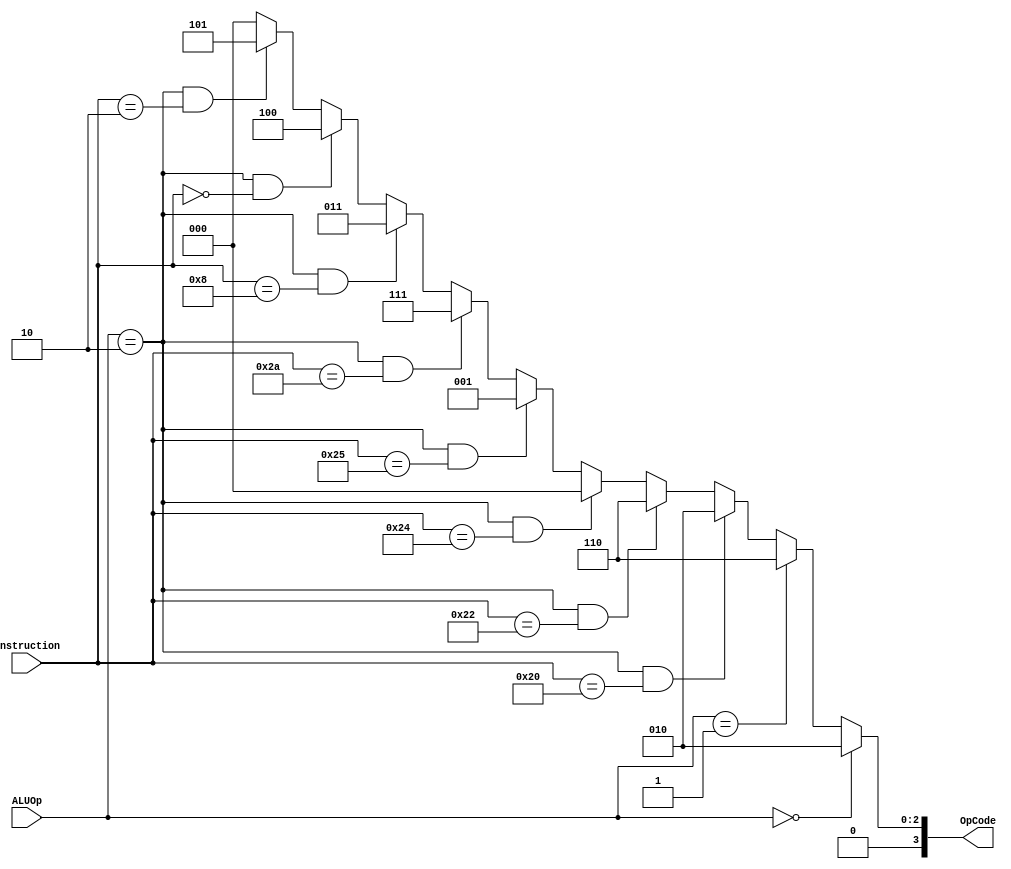
module ALUcontrol(Instruction, ALUOp, OpCode);

input wire [5:0] Instruction; //The part of the instruction where the function of the R-format exists
input wire [1:0] ALUOp; //coming from the Control unit
output wire [3:0] OpCode; //4 bits input (wire) to the ALU 
/*Note for the output OpCode if you wish to add addi for example,
 it'll have to be 5 bits instead of 5*/

//add ---> loads and stores (lw & sw)
//because the add opcode is 0000
//sub ---> beq
//funct ---> R-format

assign OpCode= (ALUOp==2'b00)?4'b0010: 
(ALUOp==2'b01)?4'b0110:
(ALUOp==2'b10)&&(Instruction==6'b100000)?4'b0010: 
(ALUOp==2'b10)&&(Instruction==6'b100010)?4'b0110:
(ALUOp==2'b10)&&(Instruction==6'b100100)?4'b0000:
(ALUOp==2'b10)&&(Instruction==6'b100101)?4'b0001:
(ALUOp==2'b10)&&(Instruction==6'b101010)?4'b0111:
(ALUOp==2'b10)&&(Instruction==6'd8)?4'd3: //jr
(ALUOp==2'b10)&&(Instruction==6'd0)?4'd4: //sll
(ALUOp==2'b10)&&(Instruction==6'd2)?4'd5: //srl
4'b00; //to be edited


endmodule